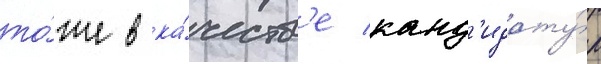
то́же в ка́честв'е канд'идату́р